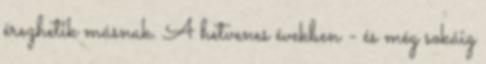
érezhetik másnak. A hetvenes években - és még sokáig